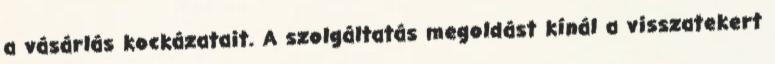
a vásárlás kockázatait. A szolgáltatás megoldást kínál a visszatekert